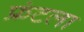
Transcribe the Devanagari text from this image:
फ्रंटला